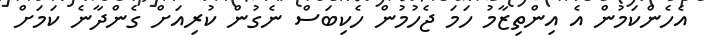
އެހެންކަމުން އެ އިންތިޒާމު ހަމަ ޖެހުމުން ހެކިބަސް ނެގުން ކުރިއަށް ގެންދާނެ ކަމަށް